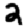
Digit: 2